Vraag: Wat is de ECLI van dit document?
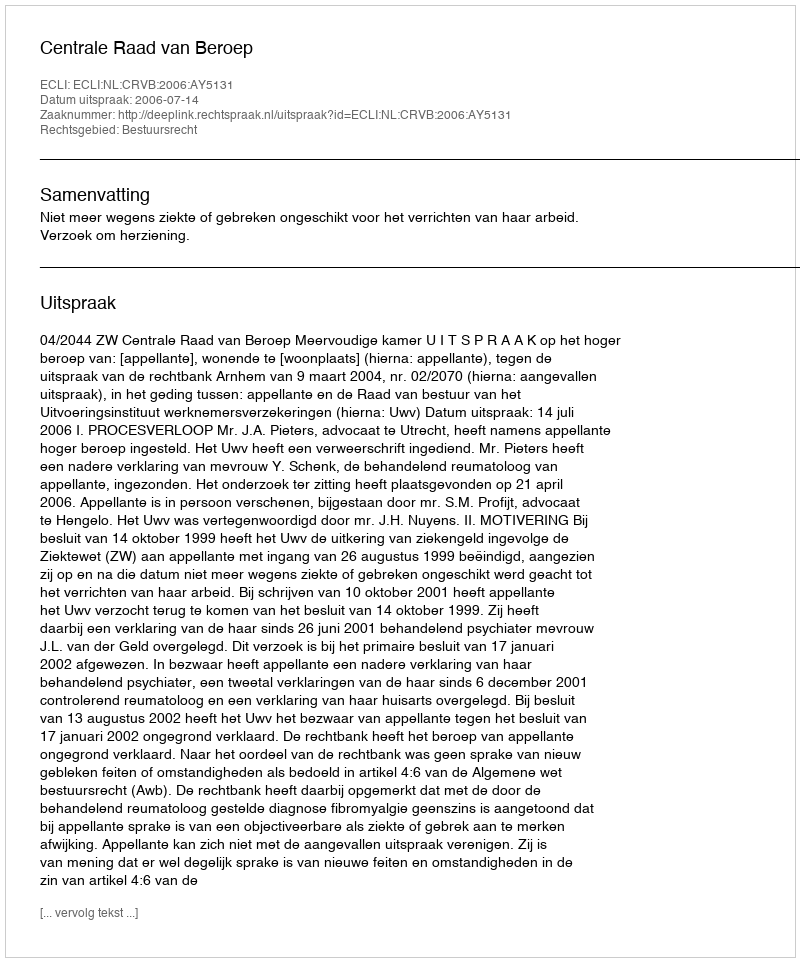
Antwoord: ECLI:NL:CRVB:2006:AY5131